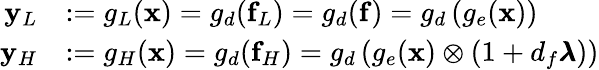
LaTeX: \begin{array}{rl}{\mathbf{y}_{L}}&{:=g_{L}(\mathbf{x})=g_{d}(\mathbf{f}_{L})=g_{d}(\mathbf{f})=g_{d}\left(g_{e}(\mathbf{x})\right)}\\ {\mathbf{y}_{H}}&{:=g_{H}(\mathbf{x})=g_{d}(\mathbf{f}_{H})=g_{d}\left(g_{e}(\mathbf{x})\otimes\left(1+d_{f}\pmb{\lambda}\right)\right)}\end{array}